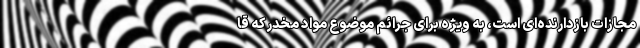
مجازات بازدارنده‌ای است، به ویژه برای جرائم موضوع مواد مخدر که قا